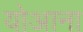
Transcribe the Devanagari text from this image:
योआना